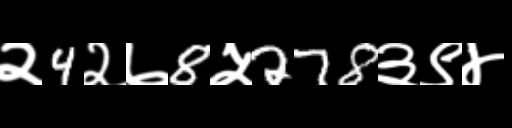
Text: २4२७8५278३९४